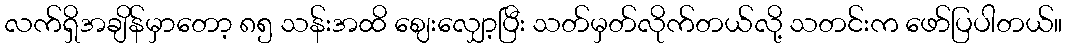
လက်ရှိအချိန်မှာတော့ ၈၅ သန်းအထိ ဈေးလျှော့ပြီး သတ်မှတ်လိုက်တယ်လို့ သတင်းက ဖော်ပြပါတယ်။